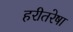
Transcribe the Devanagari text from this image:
हरीतरेषा